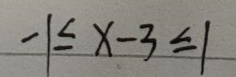
\[ -1\leq x - 3\leq 1 \]